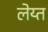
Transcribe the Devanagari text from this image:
लेय्त